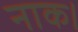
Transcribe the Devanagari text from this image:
नाक।